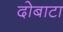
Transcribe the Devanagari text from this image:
दोबाटा